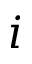
i